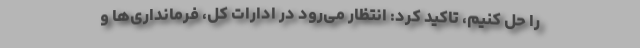
را حل کنیم، تاکید کرد: انتظار می‌رود در ادارات کل، فرمانداری‌ها و